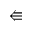
\Lleftarrow